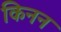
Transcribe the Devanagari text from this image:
किनन